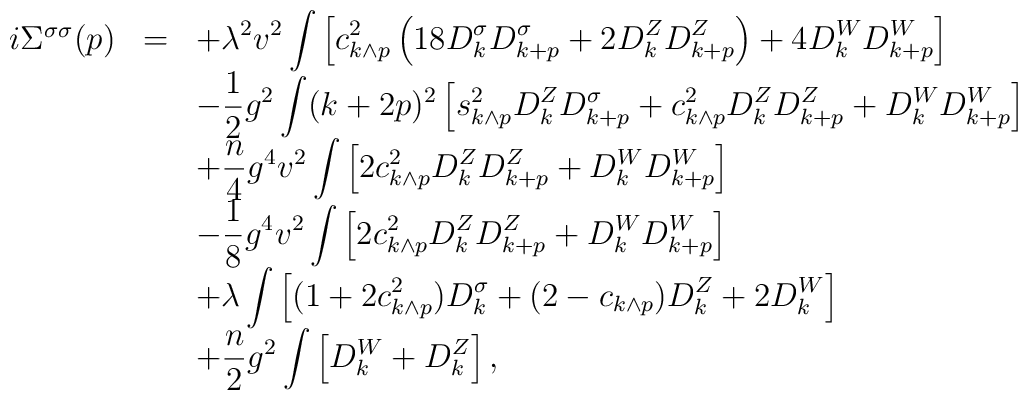
\begin{array}{rcl}i\Sigma^{\sigma\sigma}(p)&=&\displaystyle+\lambda^2 v^2\int\left[c^2_{k\wedge p}\left(18D^{\sigma}_k D^{\sigma}_{k+p}+2D^Z_kD^Z_{k+p}\right)+4D^W_k D^W_{k+p}\right]\\&&\displaystyle -\frac{1}{2}g^2\int(k+2p)^2\left[s^2_{k\wedge p}D^Z_kD^{\sigma}_{k+p}+c^2_{k\wedge p}D^Z_kD^Z_{k+p}+D^W_kD^W_{k+p}\right]\\&&\displaystyle +\frac{n}{4}g^4v^2\int\left[2c^2_{k\wedge p}D^Z_kD^Z_{k+p}+D^W_kD^W_{k+p}\right]\\&&\displaystyle -\frac{1}{8}g^4v^2\int\left[2c^2_{k\wedge p}D^Z_kD^Z_{k+p}+D^W_kD^W_{k+p}\right]\\&&\displaystyle +\lambda\int\left[(1+2c^2_{k\wedge p})D^{\sigma}_k+(2-c_{k\wedge p})D^Z_{k}+2D^W_k\right]\\&&\displaystyle+\frac{n}{2}g^2\int\left[D^W_k+D^Z_k\right],\end{array}